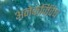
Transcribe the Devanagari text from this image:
अनेकविविध